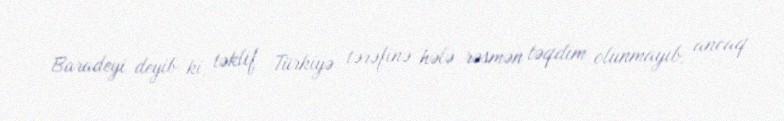
Baradeyi deyib ki, təklif Türkiyə tərəfinə hələ rəsmən təqdim olunmayıb, ancaq